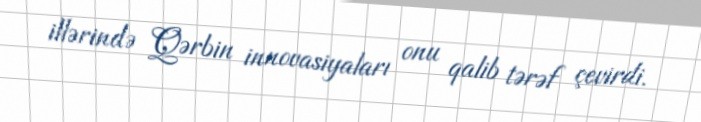
illərində Qərbin innovasiyaları onu qalib tərəf çevirdi.